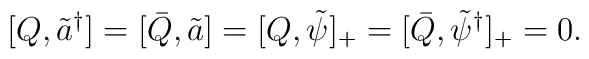
[Q,\tilde{a}^{\dagger}] = [\bar{Q},\tilde{a}] = [Q,\tilde{\psi}]_{+} = [\bar{Q},\tilde{\psi}^{\dagger}]_{+} = 0 .